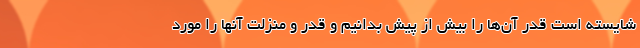
شایسته است قدر آن‌ها را بیش از پیش بدانیم و قدر و منزلت آنها را مورد